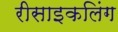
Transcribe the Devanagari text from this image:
रीसाइकलिंग